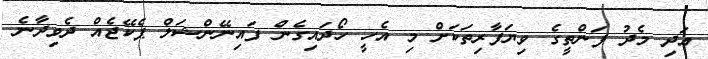
އަދި މެދު ފަންތީގެ ވިޔަފާރިތަކަށް މި އެހީ ހޯދައިގެން ފައިނޭންޝަލް ޕެކޭޖެއް ދެވިދާނެ